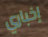
إخباري